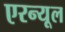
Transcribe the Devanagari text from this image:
एरन्‍यूल